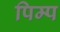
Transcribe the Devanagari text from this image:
पिम्प